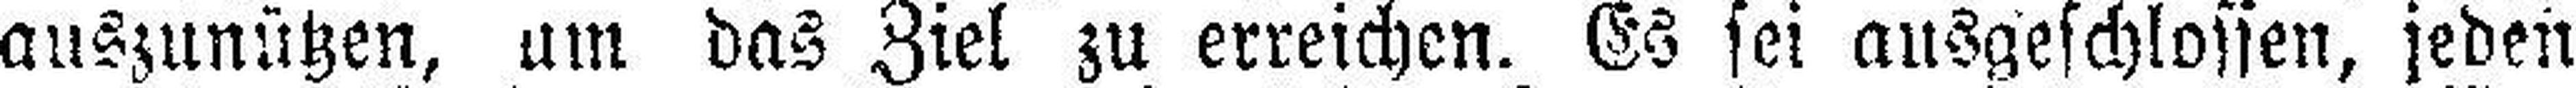
auszunützen, um das Ziel zu erreichen. Es sei ausgeschlossen, jeden